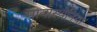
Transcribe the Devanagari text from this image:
मायास्थेनिया